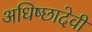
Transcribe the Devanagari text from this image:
अधिष्छादेवी